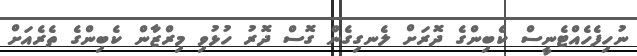
ނުހިފެހެއްޓެނީސް ކެބިންގެ ދޮރަށް ލެނގިގެން ގޮސް ދޮރު ހުޅުވި މިރްޒާން ކެބިންގެ ތެރެއަށް